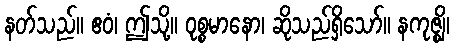
နတ်သည်။ ဧဝံ၊ ဤသို့။ ဝုစ္စမာနော၊ ဆိုသည်ရှိသော်။ နကုဇ္ဈိ၊